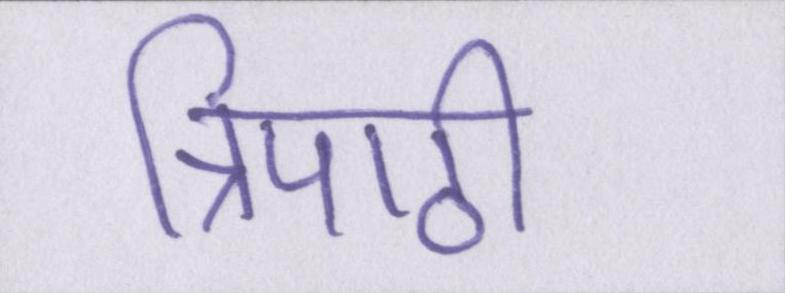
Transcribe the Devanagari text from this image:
त्रिपाठी